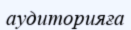
аудиторияға